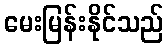
မေးမြန်းနိုင်သည်